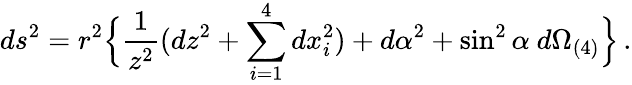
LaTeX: ds^{2}=r^{2}\Bigl\{ \frac{1}{z^{2}}(dz^{2}+\sum_{i=1}^{4}dx_{i}^{2})+d\alpha^{2}+\sin^{2}\alpha\ d\Omega_{(4)}\Bigr\} \, .